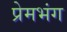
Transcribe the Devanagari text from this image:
प्रेमभंग